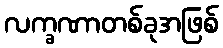
လက္ခဏာတစ်ခုအဖြစ်